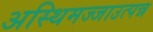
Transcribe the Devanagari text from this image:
अस्थिमज्जाउत्पन्न